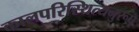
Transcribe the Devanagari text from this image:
कालपरिस्थित्यनुरूप